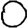
Digit: 0